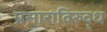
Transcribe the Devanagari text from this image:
प्रसाराविरुद्ध